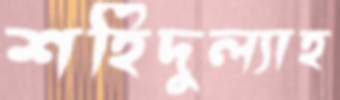
শহিদুল্যাহ